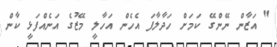
" އަޒާން ނޭންގޭ ކަމަށް ހަދާލާފަ އެހެން އަހާލީ މޭޒުގެ އަނެއްފަޅީ ކާން